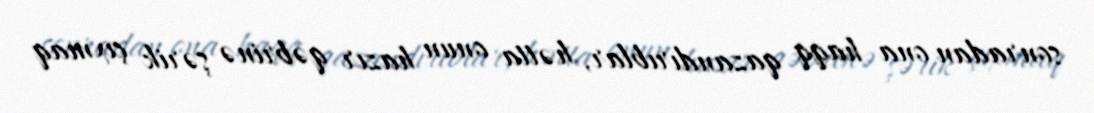
sonradan ona haqq qazandırıblar, hətta onun hazır qəbrinə şərik çıxmaq